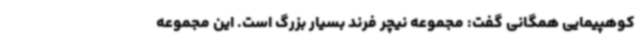
کوهپیمایی همگانی گفت: مجموعه نیچر فرند بسیار بزرگ است. این مجموعه